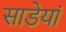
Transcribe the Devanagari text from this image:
साडेयां